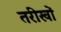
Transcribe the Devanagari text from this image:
तरीखों